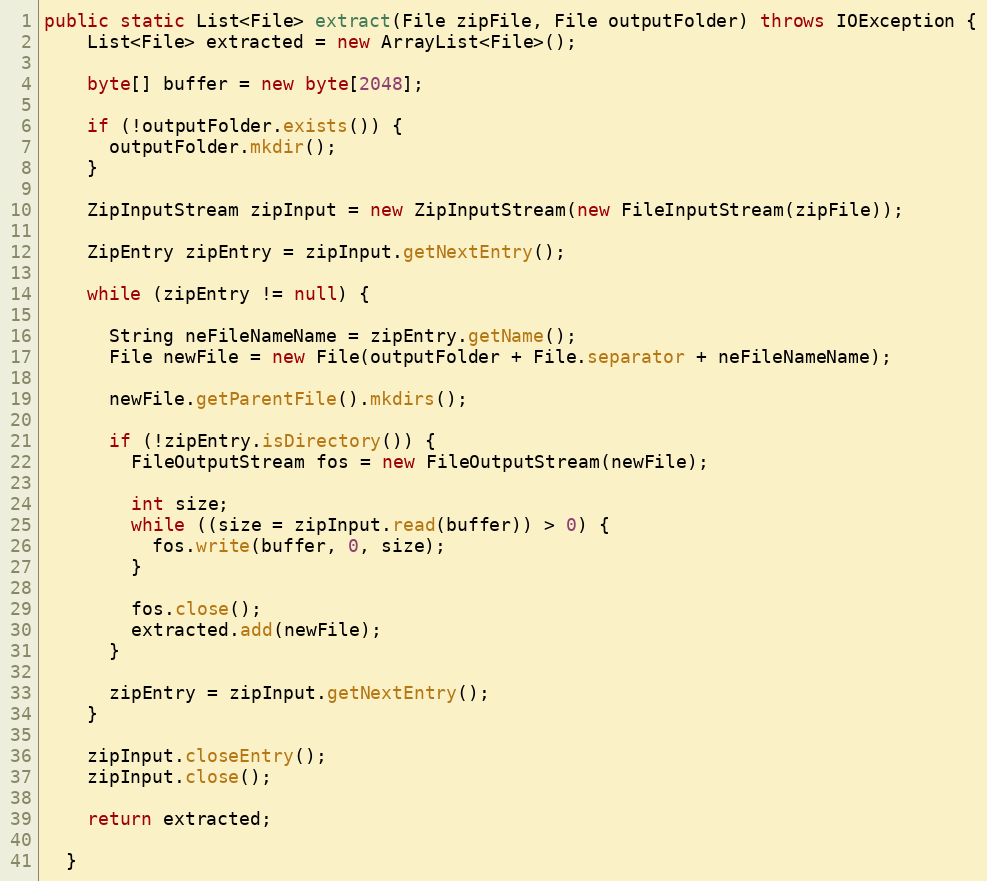
Language: Java
public static List<File> extract(File zipFile, File outputFolder) throws IOException {
    List<File> extracted = new ArrayList<File>();

    byte[] buffer = new byte[2048];

    if (!outputFolder.exists()) {
      outputFolder.mkdir();
    }

    ZipInputStream zipInput = new ZipInputStream(new FileInputStream(zipFile));

    ZipEntry zipEntry = zipInput.getNextEntry();

    while (zipEntry != null) {

      String neFileNameName = zipEntry.getName();
      File newFile = new File(outputFolder + File.separator + neFileNameName);

      newFile.getParentFile().mkdirs();

      if (!zipEntry.isDirectory()) {
        FileOutputStream fos = new FileOutputStream(newFile);

        int size;
        while ((size = zipInput.read(buffer)) > 0) {
          fos.write(buffer, 0, size);
        }

        fos.close();
        extracted.add(newFile);
      }

      zipEntry = zipInput.getNextEntry();
    }

    zipInput.closeEntry();
    zipInput.close();

    return extracted;

  }